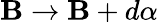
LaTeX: \mathbf{B}\rightarrow\mathbf{B}+d\mathbf{\alpha}